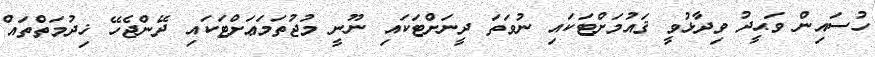
ހުސައިން ވަޙީދު ވިދާޅުވީ ޤައުމަށްޓަކައި ނުވަތަ ދީނަށްޓަކައި ނޫނީ މުޖުތަމަޢަށްޓަކައި ދޭންޖެހޭ ޚިދުމަތްތައް